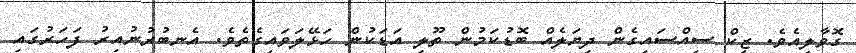
ގޮވާލިއެވެ. ޒީކް ސިއްސައިގެން ދިޔަލެއް ބޮޑުކަމުން ތޫލި އަޑަކުން ހަޅޭލަވައިގެތެވެ. އެނބުރުނުއިރު ފަހަރުގައި